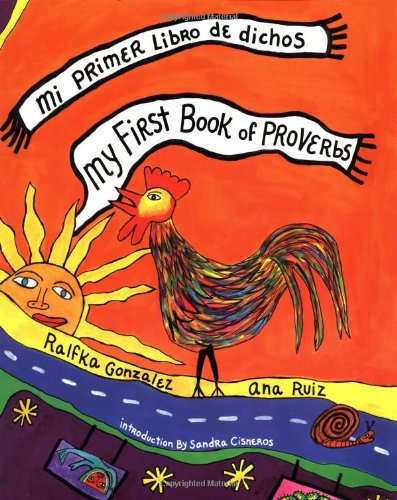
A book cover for My First Book of Proverbs: Mi Primer libro de dichos (English and Spanish Edition); Humor & Entertainment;